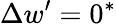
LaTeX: \Delta w^{\prime}=0^{*}